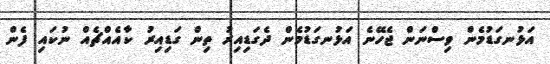
އަޅުނގަޑުމެން ވިސްނަން ޖެހޭނެ އަޅުނގަޑުމެން ދެގަޑިއިރު ތިން ގަޑިއިރު ކާއެއްޗެއް ނުކައި ފެން